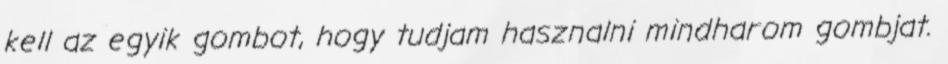
kell az egyik gombot, hogy tudjam hasznalni mindharom gombjat.